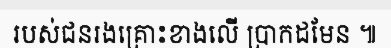
របស់ជនរងគ្រោះខាងលើ ប្រាកដមែន ៕